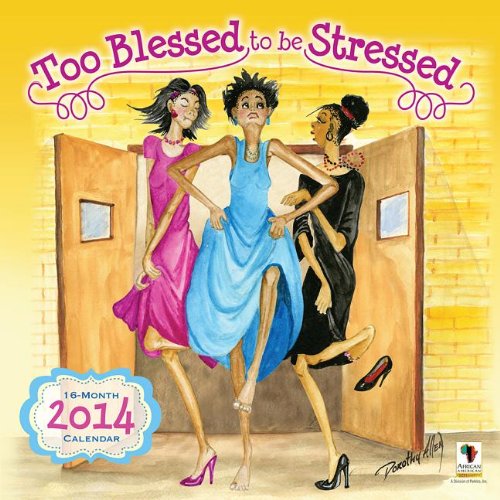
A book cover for Too Blessed to Be Stressed 16-Month Calendar; Calendars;